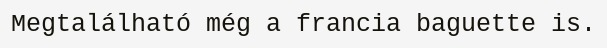
Megtalálható még a francia baguette is.